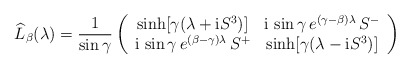
\begin{align*} \widehat{L}_\beta (\lambda) = \frac{1}{\sin\gamma} \left( \begin{array}{cc} \sinh [\gamma(\lambda + {\rm i} S^3)] & {\rm i}\, \sin\gamma \, e^{(\gamma-\beta) \lambda} \, S^- \\ {\rm i}\, \sin\gamma \, e^{(\beta-\gamma) \lambda} \, S^+ & \sinh [\gamma(\lambda - {\rm i} S^3)] \end{array} \right)\end{align*}